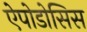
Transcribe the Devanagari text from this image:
ऐपोडोसिस